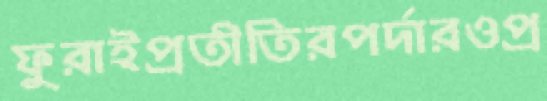
ফুরাইপ্রতীতিরপর্দারওপ্র